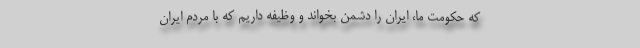
که حکومت ما، ایران را دشمن بخواند و وظیفه داریم که با مردم ایران